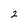
Character: 2